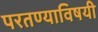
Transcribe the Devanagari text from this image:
परतण्याविषयी